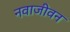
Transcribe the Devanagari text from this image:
नवाजीवन